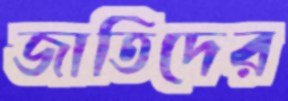
জাতিদের